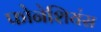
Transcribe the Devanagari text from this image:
फोनेशियंस